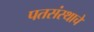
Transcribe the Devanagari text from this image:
पतसंस्थाचे